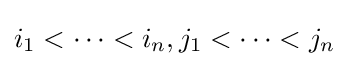
i_{1}<\cdots <i_{n},j_{1}<\cdots <j_{n}